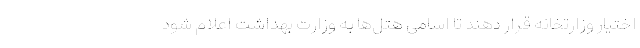
اختیار وزارتخانه قرار دهند تا اسامی هتل‌ها به وزارت بهداشت اعلام شود